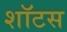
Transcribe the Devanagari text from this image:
शॉटस